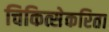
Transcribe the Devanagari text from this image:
चिकित्सेकरिता